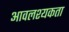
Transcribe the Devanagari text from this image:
आवलश्यकता